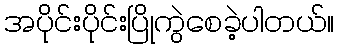
အပိုင်းပိုင်းပြိုကွဲစေခဲ့ပါတယ်။